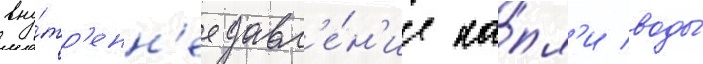
вну́тр'енн'ее давл'е́н'ие ка́пл'и воды́